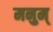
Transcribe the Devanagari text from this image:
मनुम्‌